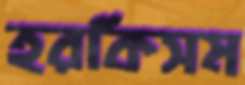
হরকিসম